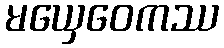
မယှေဝေကဿ